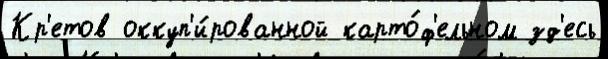
Кр'етов оккуп'и́рованной карто́ф'ельном зд'есь